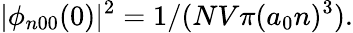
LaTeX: |\phi_{n00}(0)|^{2}=1/(NV\pi(a_{0}n)^{3}).